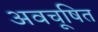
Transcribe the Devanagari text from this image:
अवचूषित